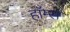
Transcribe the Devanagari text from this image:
हाॅम्स